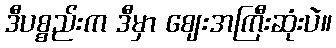
ဒီပစ္စည်းက ဒီမှာ ဈေးအကြီးဆုံးပဲ။